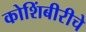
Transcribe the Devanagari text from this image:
कोशिंबीरीचे